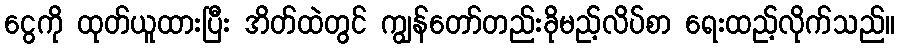
ငွေကို ထုတ်ယူထားပြီး အိတ်ထဲတွင် ကျွန်တော်တည်းခိုမည့်လိပ်စာ ရေးထည့်လိုက်သည်။